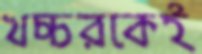
খচ্চরকেই